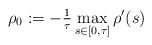
\begin{align*} \rho_{0} := -\tfrac{1}{\tau} \mathop{\max}_{s \in [0, \tau]} \rho'(s) \end{align*}